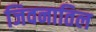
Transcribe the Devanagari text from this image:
जिवनातिल